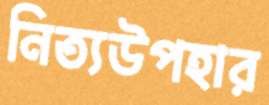
নিত্যউপহার